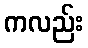
ကလည်း